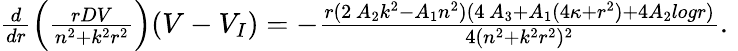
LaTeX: \begin{array}{r}{\frac{d}{dr}\left(\frac{rDV}{n^{2}+k^{2}r^{2}}\right)(V-V_{I})=-\frac{r(2\, A_{2}k^{2}-A_{1}n^{2})(4\, A_{3}+A_{1}(4\kappa+r^{2})+4A_{2}log{r})}{4(n^{2}+k^{2}r^{2})^{2}}.\, \, }\end{array}